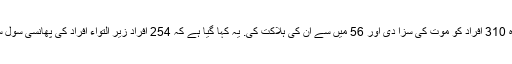
پاکستانی فوج نے خصوصی عدالت نے گزشتہ ماہ 310 افراد کو موت کی سزا دی اور 56 میں سے ان کی ہلاکت کی. یہ کہا گیا ہے کہ 254 افراد زیر التواء افراد کی پھانسی سول سول کورٹ میں قانونی عمل کی منتقلی کرتی ہے۔